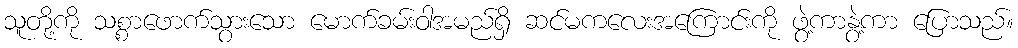
သူတို့ကို သစ္စာဖောက်သွားသော မောက်ခမ်းဝါအမည်ရှိ ဆင်မကလေးအကြောင်းကို ဖွဲ့ကာနွဲ့ကာ ပြောသည်။